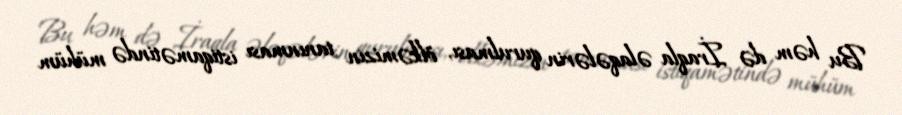
Bu həm də İraqla əlaqələrin qurulması, ölkəmizin tanınması istiqamətində mühüm